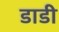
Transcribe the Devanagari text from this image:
डाडी